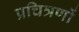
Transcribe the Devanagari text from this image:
प्रचित्रणों